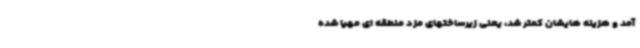
آمد و هزینه هایشان کمتر شد، یعنی زیرساختهای مزد منطقه ای مهیا شده